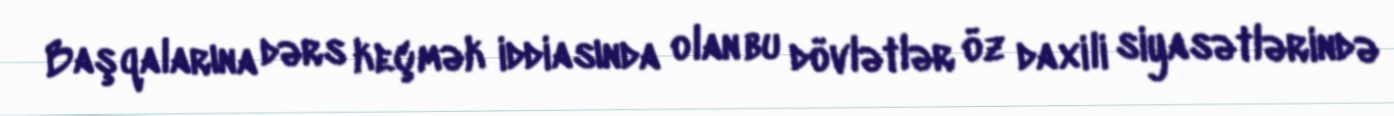
Başqalarına dərs keçmək iddiasında olan bu dövlətlər öz daxili siyasətlərində